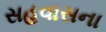
સહવાસના